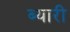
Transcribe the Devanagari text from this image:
ब्यारी